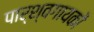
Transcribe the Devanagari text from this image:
पार्श्वगायकों